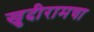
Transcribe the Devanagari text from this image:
खुदीरामचा